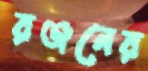
রঞ্জনের